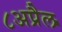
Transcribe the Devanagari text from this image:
८अप्रैल